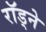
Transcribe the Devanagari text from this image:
राॅड्ने